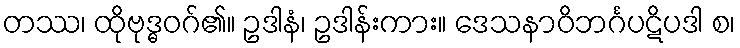
တဿ၊ ထိုဗုဒ္ဓဝဂ်၏။ ဥဒါနံ၊ ဥဒါန်းကား။ ဒေသနာဝိဘင်္ဂပဋိပဒါ စ၊